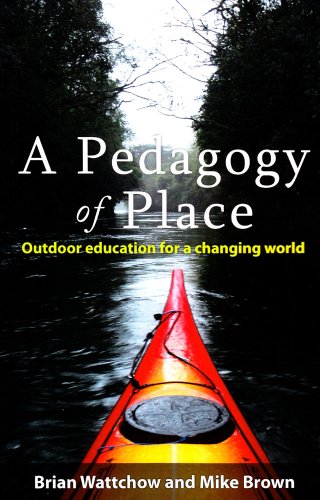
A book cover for A Pedagogy of Place: Outdoor Education for a Changing World; Brian Wattchow; History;